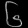
Digit: ၆